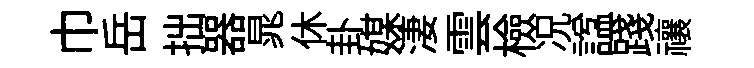
巾岳拙器晁休卦媒淒雲檢况諡踐禳